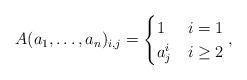
LaTeX: \begin{align*} A(a_1,\dots,a_n)_{i,j}= \begin{cases} 1& i = 1\\ a_j^{i}& i \geq 2 \end{cases}, \end{align*}